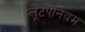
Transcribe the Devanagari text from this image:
प्लूटपेनियम